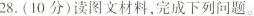
28.(10分)读图文材料，完成下列问题。